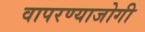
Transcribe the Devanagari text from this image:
वापरण्याजोगी